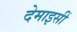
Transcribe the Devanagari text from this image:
देमाइसीं